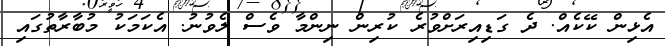
އެޅިން ކޭކެއް. ދެ ގަޑިއިރަށްވުރެ ކުރިން ނިންމާ ވެސް ލެވުނު. އެކަމަކު މުބާރާތުގައި